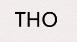
THO